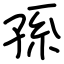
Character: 孫